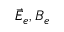
\vec { E } _ { e } , B _ { e }